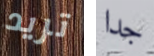
تريد جدا